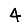
Digit: 4